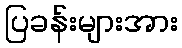
ပြခန်းများအား